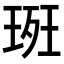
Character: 𭹚